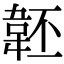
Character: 𩎜